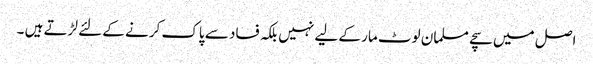
اصل میں سچے مسلمان لوٹ مار کے لیے نہیں بلکہ فساد سے پاک کرنے کے لئے لڑتے ہیں ۔